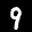
Digit: 9